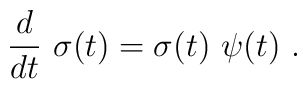
{d\over dt}\ \sigma(t) = \sigma(t)\ \psi(t)\ .